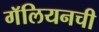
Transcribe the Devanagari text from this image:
गॅलियनची